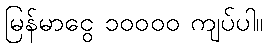
မြန်မာငွေ ၁၀၀၀၀ ကျပ်ပါ။